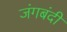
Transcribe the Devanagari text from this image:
जंगबंदी